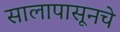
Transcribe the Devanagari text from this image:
सालापासूनचे